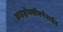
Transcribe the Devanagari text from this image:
हाइड्रोक्सीएपेटाईट